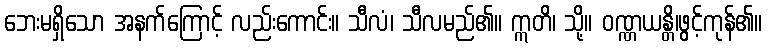
ဘေးမရှိသော အနက်ကြောင့် လည်းကောင်း။ သီလံ၊ သီလမည်၏။ ဣတိ၊ သို့။ ဝဏ္ဏယန္တိ၊ဖွင့်ကုန်၏။